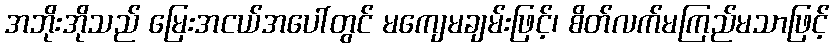
အဘိုးအိုသည် မြေးအငယ်အပေါ်တွင် မကျေမချမ်းဖြင့်၊ စိတ်လက်မကြည်မသာဖြင့်